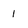
Character: 1